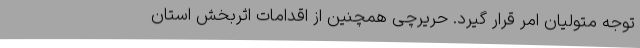
توجه متولیان امر قرار گیرد. حریرچی همچنین از اقدامات اثربخش استان